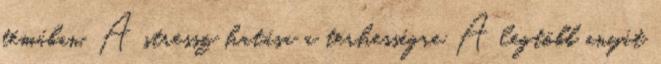
témában. A stressz hatása a terhességre A legtöbb anyát